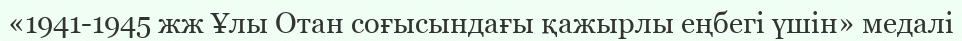
«1941-1945 жж Ұлы Отан соғысындағы қажырлы еңбегі үшін» медалі